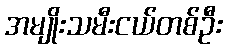
အမျိုးသမီးငယ်တစ်ဦး